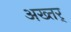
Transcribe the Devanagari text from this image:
अख्तर्